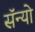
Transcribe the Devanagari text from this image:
सॅन्यो